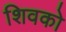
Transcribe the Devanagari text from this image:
शिवको